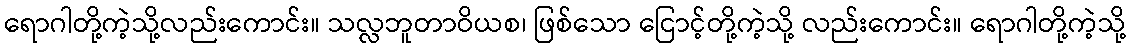
ရောဂါတို့ကဲ့သို့လည်းကောင်း။ သလ္လဘူတာဝိယစ၊ ဖြစ်သော ငြောင့်တို့ကဲ့သို့ လည်းကောင်း။ ရောဂါတို့ကဲ့သို့